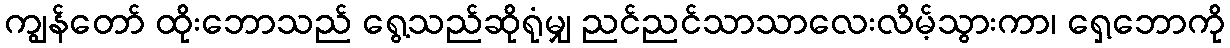
ကျွန်တော် ထိုးဘောသည် ရွေ့သည်ဆိုရုံမျှ ညင်ညင်သာသာလေးလိမ့်သွားကာ၊ ရှေ့ဘောကို